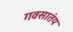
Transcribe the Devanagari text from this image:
गवसातंय